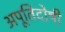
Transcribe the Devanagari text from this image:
अपूतिदोषी